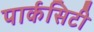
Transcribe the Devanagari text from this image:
पार्कसिटी